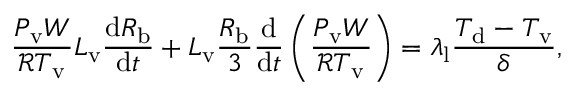
\frac { P _ { \mathrm { v } } W } { \mathcal { R } T _ { \mathrm { v } } } L _ { \mathrm { v } } \frac { \mathrm { d } R _ { \mathrm { b } } } { \mathrm { d } t } + L _ { \mathrm { v } } \frac { R _ { \mathrm { b } } } { 3 } \frac { \mathrm { d } } { \mathrm { d } t } \left( \frac { P _ { \mathrm { v } } W } { \mathcal { R } T _ { \mathrm { v } } } \right) = \lambda _ { \mathrm { l } } \frac { T _ { \mathrm { d } } - T _ { \mathrm { v } } } { \delta } ,